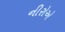
નીરોએ